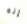
إنه